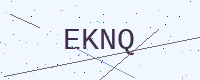
Text: EKNQ